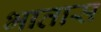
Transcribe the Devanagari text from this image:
भातास